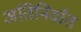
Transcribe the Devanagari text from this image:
अतिनिर्वात